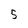
Character: 5